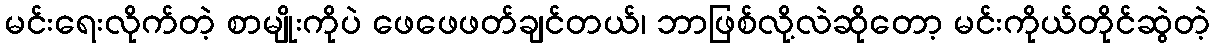
မင်းရေးလိုက်တဲ့ စာမျိုးကိုပဲ ဖေဖေဖတ်ချင်တယ်၊ ဘာဖြစ်လို့လဲဆိုတော့ မင်းကိုယ်တိုင်ဆွဲတဲ့